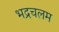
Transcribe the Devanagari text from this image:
भद्रचलम